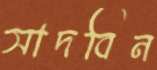
সাদবিন